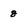
Character: 8